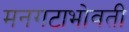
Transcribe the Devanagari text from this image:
मनगटाभोवती